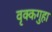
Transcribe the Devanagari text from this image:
वृक्कगुहा